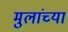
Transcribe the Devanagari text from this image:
मुलांच्‍या